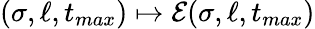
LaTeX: (\sigma,\ell,t_{max})\mapsto\mathcal{E}(\sigma,\ell,t_{max})